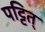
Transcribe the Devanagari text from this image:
पट्टित्